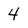
Character: 4